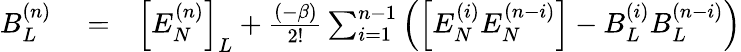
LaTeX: \begin{array}{rlr}{B_{L}^{(n)}}&{{}=}&{\Big[E_{N}^{(n)}\Big]_{L}+\frac{(-\beta)}{2!}\sum_{i=1}^{n-1}\left(\Big[E_{N}^{(i)}E_{N}^{(n-i)}\Big]-B_{L}^{(i)}B_{L}^{(n-i)}\right)}\end{array}